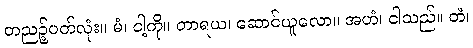
တညဉ့်ပတ်လုံး။ မံ၊ ငါ့ကို။ တာရယ၊ ဆောင်ယူလော။ အဟံ၊ ငါသည်။ တံ၊